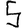
Digit: 5